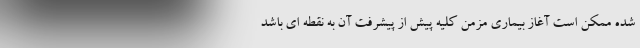
شده ممکن است آغاز بیماری مزمن کلیه پیش از پیشرفت آن به نقطه ای باشد